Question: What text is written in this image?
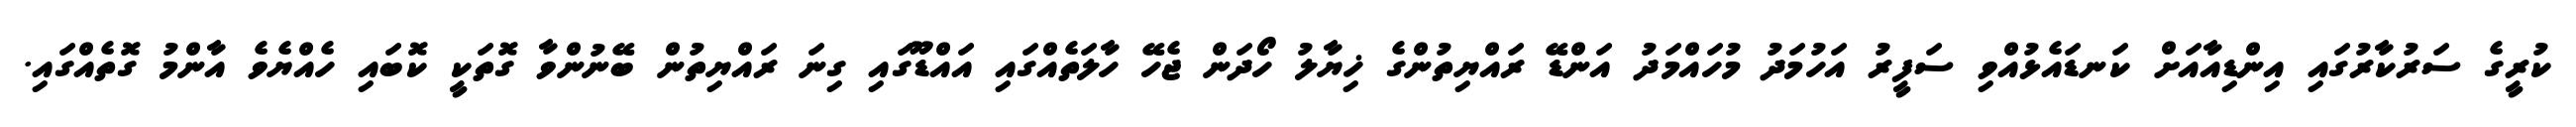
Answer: ކުރީގެ ސަރުކާރުގައި އިންޑިއާއަށް ކަނޑައެޅުއްވި ސަފީރު އަހުމަދު މުހައްމަދު އަންޑޭ ރައްޔިތުންގެ ޚިޔާލު ހޯދަން ޖެހޭ ހާލަތެއްގައި އައްޑޫގައި ގިނަ ރައްޔިތުން ބޭނުންވާ ގޮތަކީ ކޮބައި ހެއްޔެވެ އާންމު ގޮތެއްގައި.